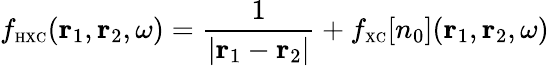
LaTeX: f_{\scriptscriptstyle\mathrm{HXC}}({\mathbf r}_{1},{\mathbf r}_{2},\omega)=\frac{1}{\vert{\mathbf r}_{1}-{\mathbf r}_{2}\vert}+f_{\scriptscriptstyle\mathrm{XC}}[n_{0}]({\mathbf r}_{1},{\mathbf r}_{2},\omega)